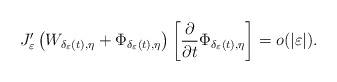
\begin{align*}J_{\varepsilon}'\left(W_{\delta_{\varepsilon}(t),\eta}+\Phi_{\delta_{\varepsilon}(t),\eta}\right)\left[\frac{\partial}{\partial t}\Phi_{\delta_{\varepsilon}(t),\eta}\right]=o(|\varepsilon|).\end{align*}